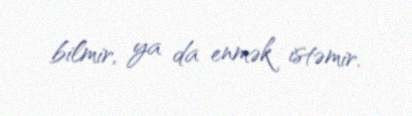
bilmir, ya da enmək istəmir.